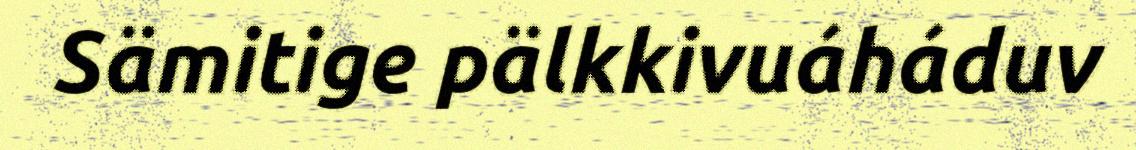
Sämitige pälkkivuáháduv